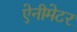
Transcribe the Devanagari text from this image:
ऐनीमेटर